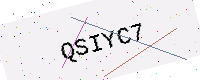
Text: QSIYC7